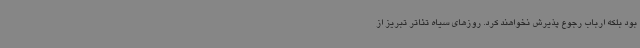
بود بلکه ارباب رجوع پذیرش نخواهند کرد. روزهای سیاه تئاتر تبریز از